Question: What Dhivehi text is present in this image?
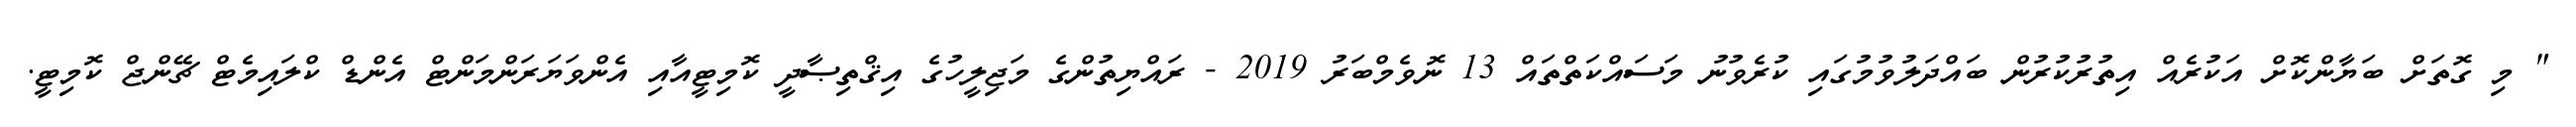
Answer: " މި ގޮތަށް ބަޔާންކޮށް އަކުރެއް އިތުރުކުރުން ބައްދަލުވުމުގައި ކުރެވުނު މަސައްކަތްތައް 13 ނޮވެމްބަރު 2019 - ރައްޔިތުންގެ މަޖިލީހުގެ އިޤްތިޞާދީ ކޮމިޓީއާއި އެންވަޔަރަންމަންޓް އެންޑް ކްލައިމެޓް ޗޭންޖް ކޮމިޓީ.